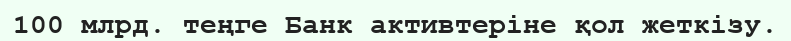
100 млрд. теңге Банк активтеріне қол жеткізу.